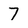
Character: 7